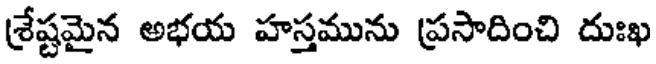
శ్రేష్టమైన అభయ హస్తమును ప్రసాదించి దుఃఖ